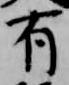
有